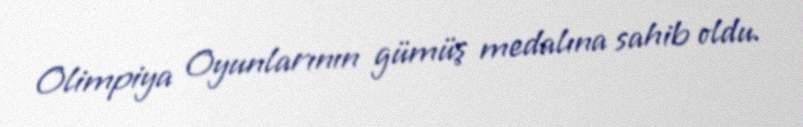
Olimpiya Oyunlarının gümüş medalına sahib oldu.